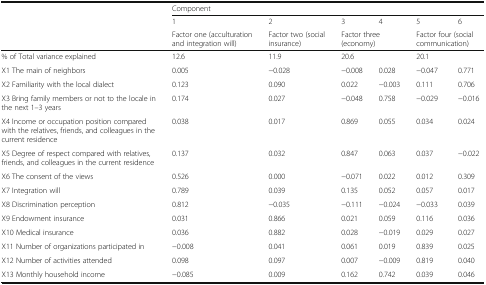
<table><thead><tr><td rowspan="3"></td><td colspan="6"><b>Component</b></td></tr><tr><td><b>1</b></td><td><b>2</b></td><td><b>3</b></td><td><b>4</b></td><td><b>5</b></td><td><b>6</b></td></tr><tr><td><b>Factor one (acculturation and integration will)</b></td><td><b>Factor two (social insurance)</b></td><td colspan="2"><b>Factor three (economy)</b></td><td colspan="2"><b>Factor four (social communication)</b></td></tr></thead><tbody><tr><td>% of Total variance explained</td><td>12.6</td><td>11.9</td><td colspan="2">20.6</td><td colspan="2">20.1</td></tr><tr><td>X1 The main of neighbors</td><td>0.005</td><td>−0.028</td><td>−0.008</td><td>0.028</td><td>−0.047</td><td>0.771</td></tr><tr><td>X2 Familiarity with the local dialect</td><td>0.123</td><td>0.090</td><td>0.022</td><td>−0.003</td><td>0.111</td><td>0.706</td></tr><tr><td>X3 Bring family members or not to the locale in the next 1–3 years</td><td>0.174</td><td>0.027</td><td>−0.048</td><td>0.758</td><td>−0.029</td><td>−0.016</td></tr><tr><td>X4 Income or occupation position compared with the relatives, friends, and colleagues in the current residence</td><td>0.038</td><td>0.017</td><td>0.869</td><td>0.055</td><td>0.034</td><td>0.024</td></tr><tr><td>X5 Degree of respect compared with relatives, friends, and colleagues in the current residence</td><td>0.137</td><td>0.032</td><td>0.847</td><td>0.063</td><td>0.037</td><td>−0.022</td></tr><tr><td>X6 The consent of the views</td><td>0.526</td><td>0.000</td><td>−0.071</td><td>0.022</td><td>0.012</td><td>0.309</td></tr><tr><td>X7 Integration will</td><td>0.789</td><td>0.039</td><td>0.135</td><td>0.052</td><td>0.057</td><td>0.017</td></tr><tr><td>X8 Discrimination perception</td><td>0.812</td><td>−0.035</td><td>−0.111</td><td>−0.024</td><td>−0.033</td><td>0.039</td></tr><tr><td>X9 Endowment insurance</td><td>0.031</td><td>0.866</td><td>0.021</td><td>0.059</td><td>0.116</td><td>0.036</td></tr><tr><td>X10 Medical insurance</td><td>0.036</td><td>0.882</td><td>0.028</td><td>−0.019</td><td>0.029</td><td>0.027</td></tr><tr><td>X11 Number of organizations participated in</td><td>−0.008</td><td>0.041</td><td>0.061</td><td>0.019</td><td>0.839</td><td>0.025</td></tr><tr><td>X12 Number of activities attended</td><td>0.098</td><td>0.097</td><td>0.007</td><td>−0.009</td><td>0.819</td><td>0.040</td></tr><tr><td>X13 Monthly household income</td><td>−0.085</td><td>0.009</td><td>0.162</td><td>0.742</td><td>0.039</td><td>0.046</td></tr></tbody></table>